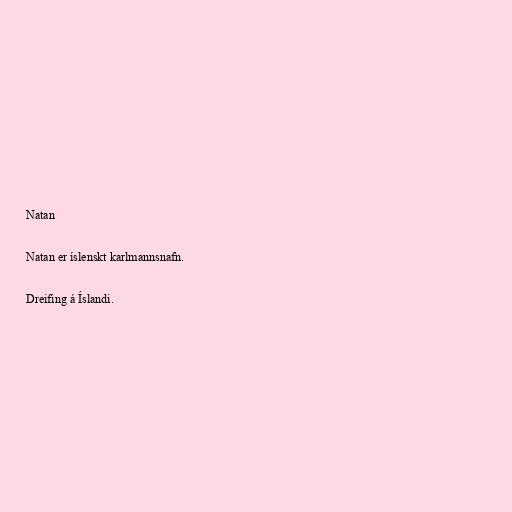
Natan

Natan er íslenskt karlmannsnafn.

Dreifing á Íslandi.